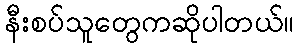
နီးစပ်သူတွေကဆိုပါတယ်။